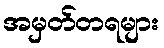
အမှတ်တရများ